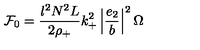
{ \cal { F } } _ { 0 } = \frac { l ^ { 2 } N ^ { 2 } L } { 2 \rho _ { + } } k _ { + } ^ { 2 } \left| \frac { e _ { 2 } } { b } \right| ^ { 2 } \Omega